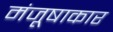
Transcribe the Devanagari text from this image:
मंजूषाकार